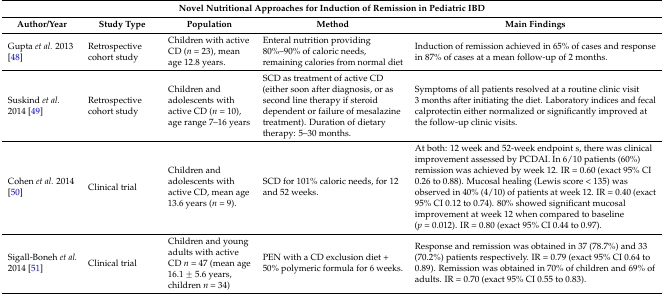
| <COLSPAN=5> Novel Nutritional Approaches for Induction of Remission in Pediatric IBD |
 | Author/Year | Study Type | Population | Method | Main Findings |
 | --- | --- | --- | --- | --- |
 | Gupta et al. 2013 [48] | Retrospective cohort study | Children with active CD (n = 23), mean age 12.8 years. | Enteral nutrition providing 80%–90% of caloric needs, remaining calories from normal diet | Induction of remission achieved in 65% of cases and response in 87% of cases at a mean follow-up of 2 months. |
 | Suskind et al. 2014 [49] | Retrospective cohort study | Children and adolescents with active CD (n = 10), age range 7–16 years | SCD as treatment of active CD (either soon after diagnosis, or as second line therapy if steroid dependent or failure of mesalazine treatment). Duration of dietary therapy: 5–30 months. | Symptoms of all patients resolved at a routine clinic visit 3 months after initiating the diet. Laboratory indices and fecal calprotectin either normalized or significantly improved at the follow-up clinic visits. |
 | Cohen et al. 2014 [50] | Clinical trial | Children and adolescents with active CD, mean age 13.6 years (n = 9). | SCD for 101% caloric needs, for 12 and 52 weeks. | At both: 12 week and 52-week endpoint s, there was clinical improvement assessed by PCDAI. In 6/10 patients (60%) remission was achieved by week 12. IR = 0.60 (exact 95% CI 0.26 to 0.88). Mucosal healing (Lewis score < 135) was observed in 40% (4/10) of patients at week 12. IR = 0.40 (exact 95% CI 0.12 to 0.74). 80% showed significant mucosal improvement at week 12 when compared to baseline (p = 0.012). IR = 0.80 (exact 95% CI 0.44 to 0.97). |
 | Sigall-Boneh et al. 2014 [51] | Clinical trial | Children and young adults with active CD n = 47 (mean age 16.1 ± 5.6 years, children n = 34) | PEN with a CD exclusion diet + 50% polymeric formula for 6 weeks. | Response and remission was obtained in 37 (78.7%) and 33 (70.2%) patients respectively. IR = 0.79 (exact 95% CI 0.64 to 0.89). Remission was obtained in 70% of children and 69% of adults. IR = 0.70 (exact 95% CI 0.55 to 0.83). |